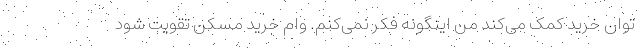
توان خرید کمک می‌کند من اینگونه فکر نمی‌کنم. وام خرید مسکن تقویت شود